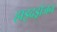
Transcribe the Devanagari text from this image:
हाइदड्रोजन